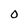
Character: O